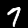
Label: 7